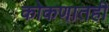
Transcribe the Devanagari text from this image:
कोकणातही